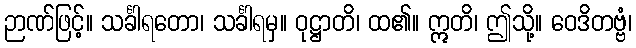
ဉာဏ်ဖြင့်။ သင်္ခါရတော၊ သင်္ခါရမှ။ ဝုဋ္ဌာတိ၊ ထ၏။ ဣတိ၊ ဤသို့။ ဝေဒိတဗ္ဗံ၊